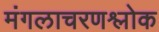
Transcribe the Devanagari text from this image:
मंगलाचरणश्लोक